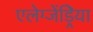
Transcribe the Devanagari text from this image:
एलेग्जेंड्रेिया